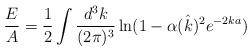
LaTeX: \begin{align*}\frac{E}{A} = \frac{1}{2} \int \frac{d^3k}{(2\pi)^3}\ln(1-\alpha(\hat k)^2e^{-2ka})\end{align*}